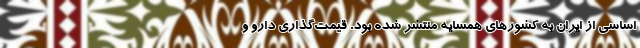
اساسی از ایران به کشورهای همسایه منتشر شده بود. قیمت‌گذاری دارو و